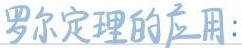
罗尔定理的应用：